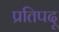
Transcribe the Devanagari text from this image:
प्रतिपदू